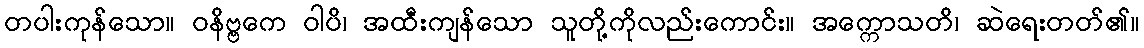
တပါးကုန်သော။ ဝနိဗ္ဗကေ ဝါပိ၊ အထီးကျန်သော သူတို့ကိုလည်းကောင်း။ အက္ကောသတိ၊ ဆဲရေးတတ်၏။